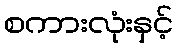
စကားလုံးနှင့်